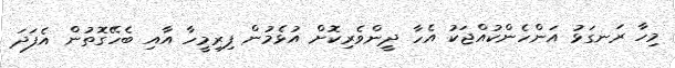
މިހާ ރަނގަޅު އަންހެންކުއްޖަކު އެހާ ދީންވެރިކޮށް އުޅެމުން ފިރިމީހާ އާއި ބެހޭގޮތުން އެފަދަ